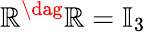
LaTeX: \mathbb{R}^{\dag}\mathbb{R}=\mathbb{{I}}_{3}